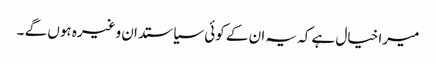
میرا خیال ہے کہ یہ ان کے کوئی سیاستدان وغیرہ ہوں گے ۔